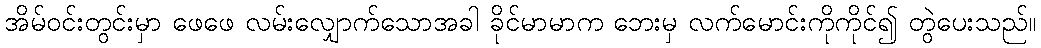
အိမ်ဝင်းတွင်းမှာ ဖေဖေ လမ်းလျှောက်သောအခါ ခိုင်မာမာက ဘေးမှ လက်မောင်းကိုကိုင်၍ တွဲပေးသည်။